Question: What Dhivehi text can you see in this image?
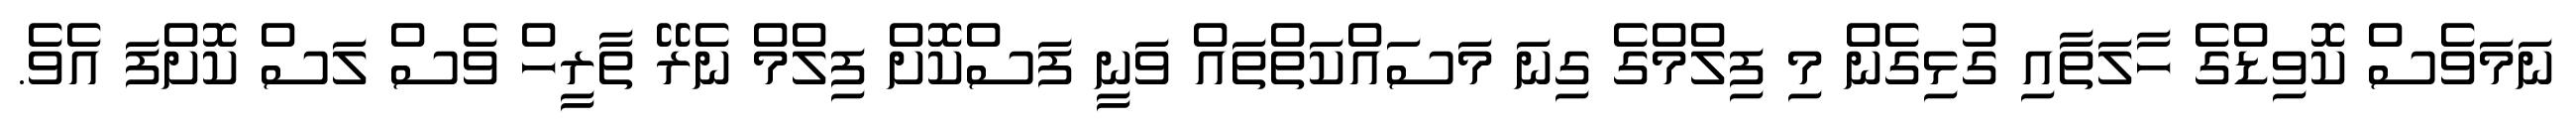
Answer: ނަމަވެސް ކޮވިޑްގެ ހާލަތާއި ގުޅިގެން މި ފިލްމްގެ ގިނަ މަސައްކަތްތައް ވަނީ ފަސްކޮށް ފިލްމް ނެރޭ ތާރީހް ވެސް ލަސް ކޮށްފަ އެވެ.